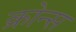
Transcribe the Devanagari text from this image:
क्रोन्स